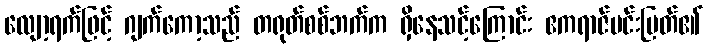
လျော့ရက်ဖြင့် ဂျက်ကော့သည် တရုတ်စစ်ဘက်က ရှိနေသင့်ကြောင်း ဧကရာဇ်မင်းမြတ်၏